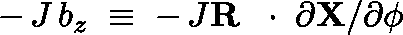
- \, J \, b _ { z } \; \equiv \; - \, J { \bf R } \, \mathrm { ~ \boldmath ~ \cdot ~ } \, \partial { \bf X } / \partial \phi